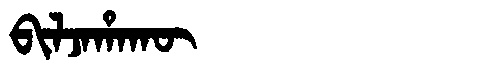
Manchu: ᠪᡳᠯᠵᠠᡥᠠᡴᡡ
Romanization: BILJAHAKŪ